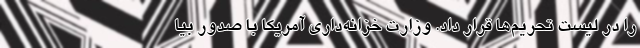
را در لیست تحریم‌ها قرار داد. وزارت خزانه‌داری آمریکا با صدور بیا